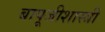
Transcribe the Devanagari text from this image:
बापूजीशास्त्री